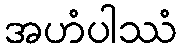
အဟံပါဿံ